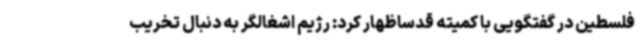
فلسطین در گفتگویی با کمیته قدساظهار کرد: رژیم اشغالگر به دنبال تخریب